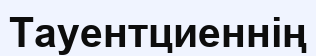
Тауентциеннің